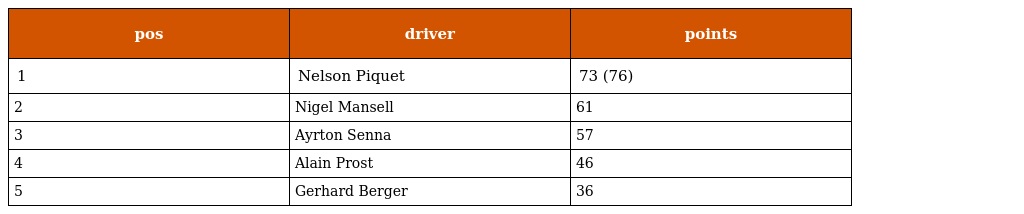
| pos | driver | points |
 | --- | --- | --- |
 | 1 | Nelson Piquet | 73 (76) |
 | 2 | Nigel Mansell | 61 |
 | 3 | Ayrton Senna | 57 |
 | 4 | Alain Prost | 46 |
 | 5 | Gerhard Berger | 36 |